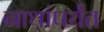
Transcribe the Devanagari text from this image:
नाथांपर्यंत